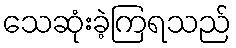
သေဆုံးခဲ့ကြရသည်